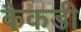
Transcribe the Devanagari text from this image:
कैकडी